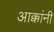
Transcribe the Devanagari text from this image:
आक्कांनी